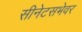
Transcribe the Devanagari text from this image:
सीनेटसभेवर